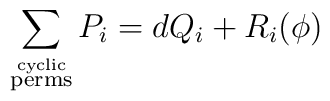
\sum_{\stackrel{\rm{cyclic}}{\rm{perms}}} P_{i} = d Q_{i} + R_{i}(\phi)